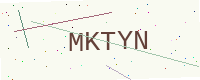
Text: MKTYN